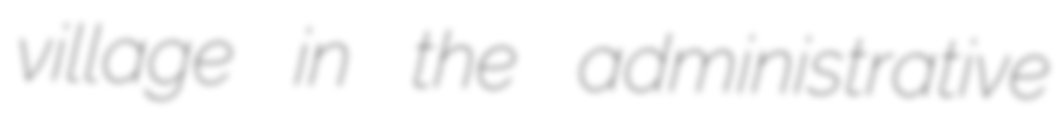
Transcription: village in the administrative